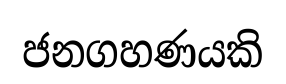
ජනගහණයකි